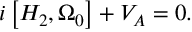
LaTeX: i \left[ H _ { 2 } , \Omega _ { 0 } \right] + V _ { A } = 0 .